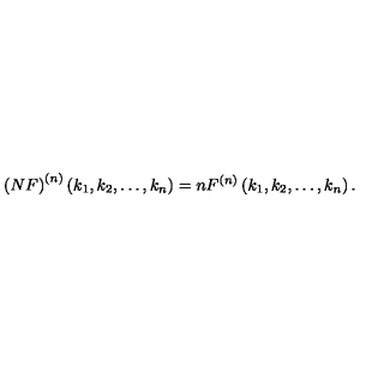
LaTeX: \left( N F \right) ^ { ( n ) } \left( k _ { 1 } , k _ { 2 } , \ldots , k _ { n } \right) = n F ^ { ( n ) } \left( k _ { 1 } , k _ { 2 } , \ldots , k _ { n } \right) .